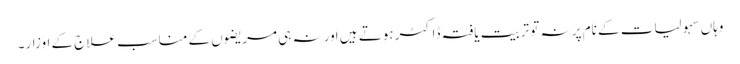
وہاں سہولیات کے نام پر نہ تو تربیت یافتہ ڈاکٹر ہوتے ہیں اَور نہ ہی مریضوں کے مناسب علاج کے اوزار۔